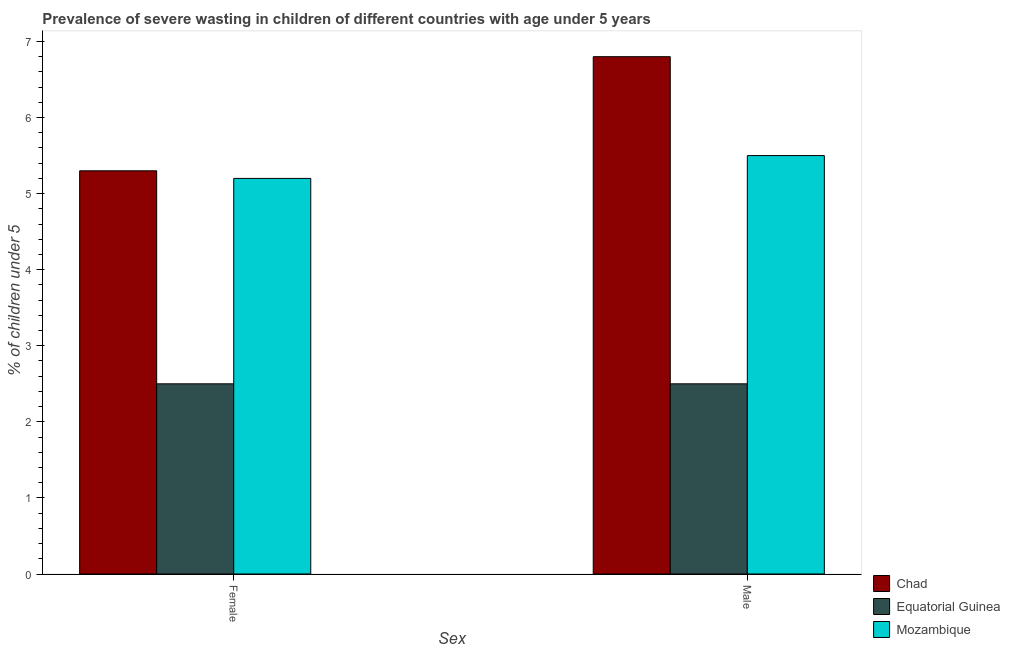
| Sex | Chad | Equatorial Guinea | Mozambique |
 | --- | --- | --- | --- |
 | Female | 5.3 | 2.5 | 5.2 |
 | Male | 6.8 | 2.5 | 5.5 |